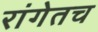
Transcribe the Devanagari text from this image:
रांगेतच